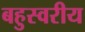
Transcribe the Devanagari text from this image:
बहुस्वरीय